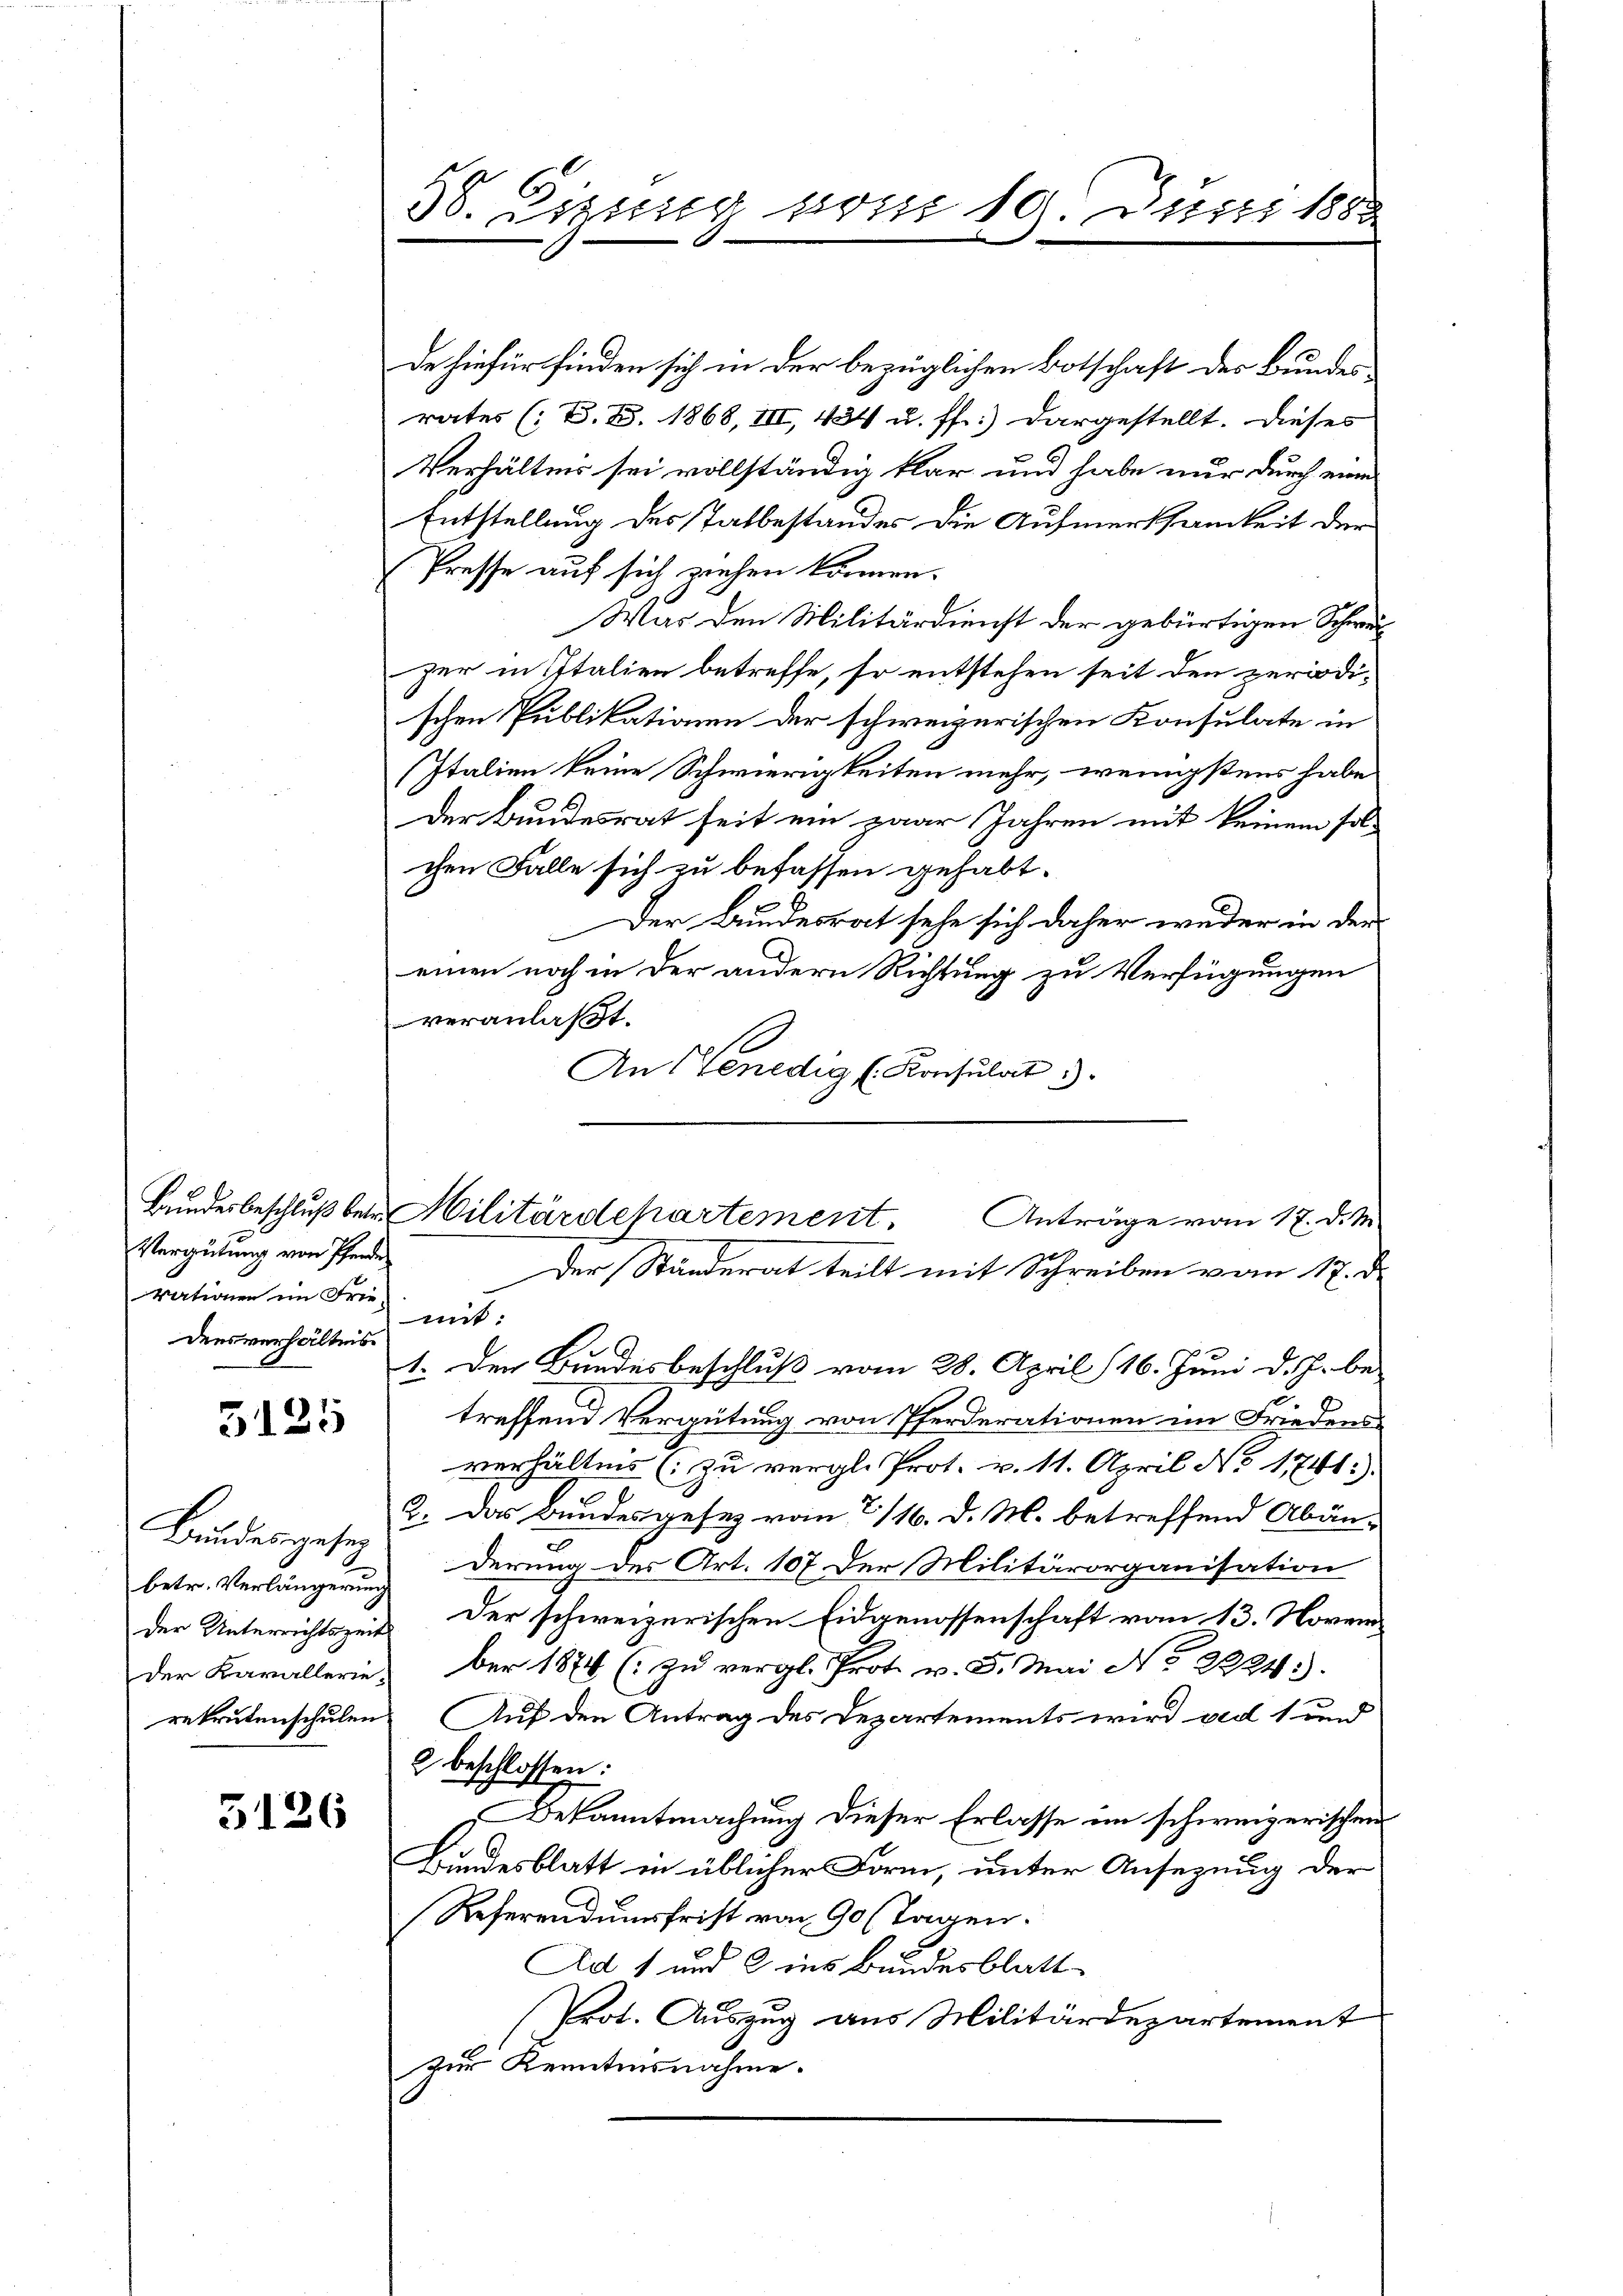
Vergütung von Pferde
rationen im Friedensverhältnis

G125

Bundesgesez

3126

de hiefür finden sich in der bezüglichen Botschaft des Bundes
rates (: V. B. 1868, III, 434 u. ff.) dargestellt. Dieses
Verhältnis sei vollständig klar und habe nur durch vom
Entstellung des Tatbestandes die Aufmerksamkeit der
Presse auf sich ziehen können.
Was den Militärdienst der gebürtigen Schwerzer in Italien betreffe, so entstehen seit den periodischen Publikationen der schweizerischen Konsulate in
Italien keine Schwierigkeiten mehr, wenigstens habe
Der Bundesrat seit ein paar Jahren mit keinem solchen Falle sich zu befassen gehabt.
Der Bundesrat sehe sich daher weder in den
einen noch in der andern Richtung zu Verfügungen
veranlaßt.
An Venedig ( Konsulat 3.

56. Errung vom 19. Juni 1883

Bundesbeschluß bei Militärdepartement.
Anträge vom 17. d. M.
Der Ständerat teilt mit Schreiben vom 17. d.

mit:
1. Den Bundesbeschluß vom 28. April (16. Juni d. J. be-
treffend Vergütung von Pferderationen im Friedens
verhältnis zu vergl. Prot. v. 11. April No 11741).
2. Das Bundesgesetz vom 2/16. d. M. betreffend Abän-
betr. Verlängernderung des Art. 107 der Militärorganisation
der Unterrichtszeit. Der schweizerischen Eidgenossenschaft vom 13. Novem
der Karallerieber 1874 (zu vergl. Prot. v. 5. Mai No 2224.
rekrutenschulen. Auf den Antrag des Departements wird ved 1 und
2 beschlossen:
Bekanntmachung dieser Erlasse im schweizerischen
Bundesblatt in üblicher Form, unter Ansezung der
Referendumsfrist von 90 (Tagen.
Ad 1 und 2 ins Bundesblatt
Prot. Auszug aus Militärdepartement
zur Kenntnisnahme.